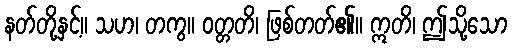
နတ်တို့နှင့်။ သဟ၊ တကွ။ ဝတ္တတိ၊ ဖြစ်တတ်၏။ ဣတိ၊ ဤသို့သော